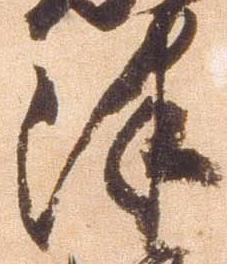
津